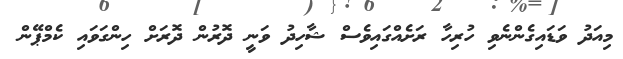
މިއަދު ވަޑައިގެންނެވި ހުރިހާ ރަށެއްގައިވެސް ޝާހިދު ވަނީ ދޮރުން ދޮރަށް ހިންގަވައި ކެމްޕޭން